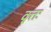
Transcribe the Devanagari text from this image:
वृत्तः